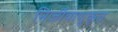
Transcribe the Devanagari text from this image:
निर्जीवाणुकृत